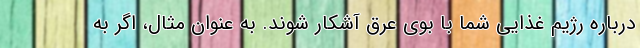
درباره رژیم غذایی شما با بوی عرق آشکار شوند. به عنوان مثال، اگر به